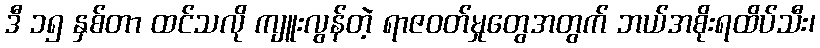
ဒီ ၁၅ နှစ်တာ ထင်သလို ကျူးလွန်တဲ့ ရာဇဝတ်မှုတွေအတွက် ဘယ်အစိုးရထိပ်သီး၊